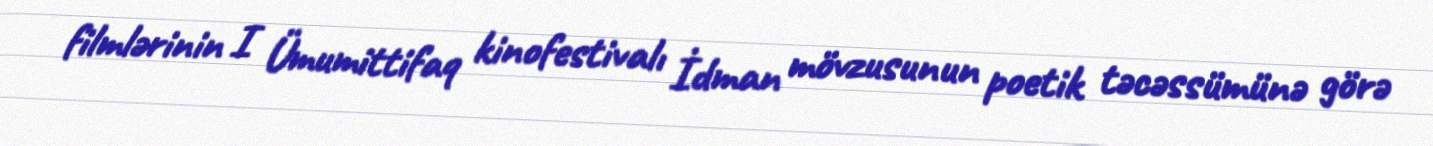
filmlərinin I Ümumittifaq kinofestivalı İdman mövzusunun poetik təcəssümünə görə